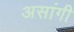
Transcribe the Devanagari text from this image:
असांगी